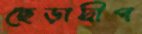
ছেড়াদ্বীপ